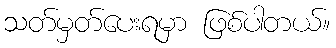
သတ်မှတ်ပေးရမှာ ဖြစ်ပါတယ်။